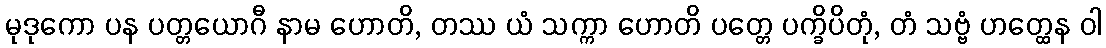
မုဒုကော ပန ပတ္တယောဂီ နာမ ဟောတိ, တဿ ယံ သက္ကာ ဟောတိ ပတ္တေ ပက္ခိပိတုံ, တံ သဗ္ဗံ ဟတ္ထေန ဝါ